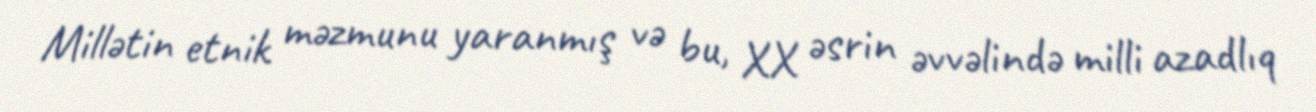
Millətin etnik məzmunu yaranmış və bu, XX əsrin əvvəlində milli azadlıq